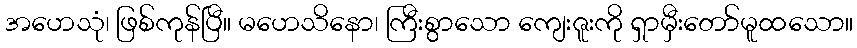
အဟေသုံ၊ ဖြစ်ကုန်ပြီ။ မဟေသိနော၊ ကြီးစွာသော ကျေးဇူးကို ရှာမှီးတော်မူထသော။